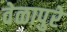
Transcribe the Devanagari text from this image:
वेळापुरे